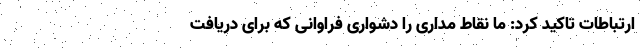
ارتباطات تاکید کرد: ما نقاط مداری را دشواری فراوانی که برای دریافت